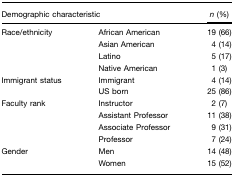
| <COLSPAN=2> Demographic characteristic | n (%) |
 | --- | --- | --- |
 | Race/ethnicity | African American | 19 (66) |
 |  | Asian American | 4 (14) |
 |  | Latino | 5 (17) |
 |  | Native American | 1 (3) |
 | Immigrant status | Immigrant | 4 (14) |
 |  | US born | 25 (86) |
 | Faculty rank | Instructor | 2 (7) |
 |  | Assistant Professor | 11 (38) |
 |  | Associate Professor | 9 (31) |
 |  | Professor | 7 (24) |
 | Gender | Men | 14 (48) |
 |  | Women | 15 (52) |